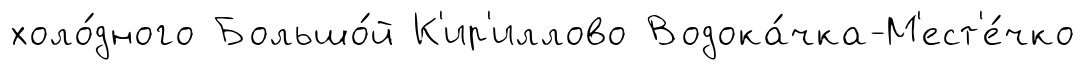
холо́дного Большо́й К'ир'иллово Водока́чка-М'ест'е́чко